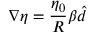
\nabla \eta = \frac { \eta _ { 0 } } { R } \beta \boldsymbol { \hat { d } }